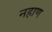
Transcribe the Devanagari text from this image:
नहाण